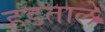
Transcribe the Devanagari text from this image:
हडतालें